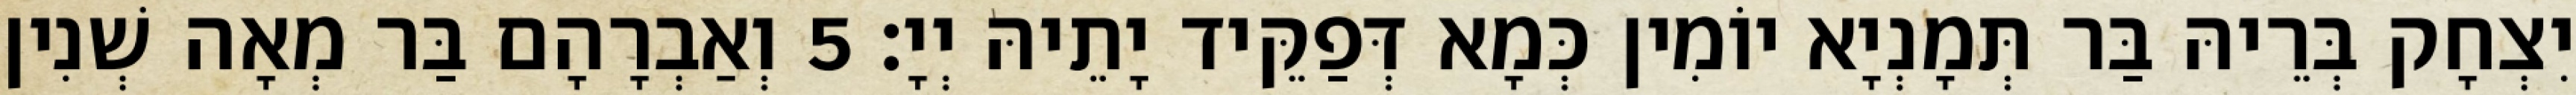
יִצְחָק בְּרֵיהּ בַּר תְּמָנְיָא יוֹמִין כְּמָא דְּפַקֵּיד יָתֵיהּ יְיָ׃ 5 וְאַבְרָהָם בַּר מְאָה שְׁנִין